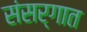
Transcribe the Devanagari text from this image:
संसर्गात